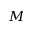
\boldsymbol { M }